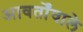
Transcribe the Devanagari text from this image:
आवर्तोंवाले